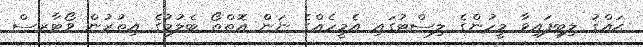
ޙައްޤު ލިބިފައިވާ މީހުންގެ ލިސްޓުގައި އެމީހެއްގެ ނަން އޮތްތޯ ބެލުމުގެ އިތުރުން ވޯޓާރސް